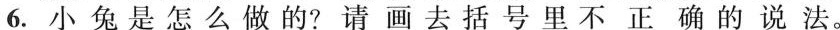
6.小兔是怎么做的?请画去括号里不正确的说法。